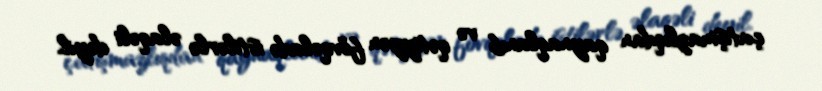
çatışmazlıqdan qaynaqlanıb və qətiyyən fövqəladə istilərlə əlaqəli deyil.